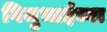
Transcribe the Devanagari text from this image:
गिजुभाईंच्या